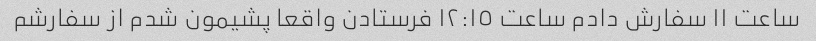
ساعت ١١ سفارش دادم ساعت ١٢:١٥ فرستادن واقعا پشیمون شدم از سفارشم